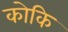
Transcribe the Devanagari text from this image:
कोकि